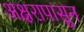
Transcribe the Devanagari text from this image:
अक्षरापासून